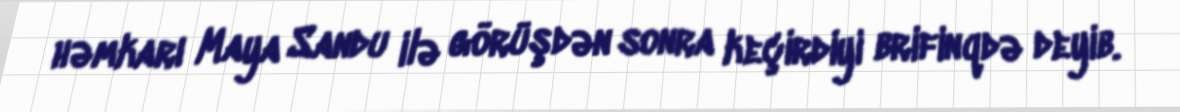
həmkarı Maya Sandu ilə görüşdən sonra keçirdiyi brifinqdə deyib.